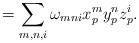
LaTeX: \begin{align*}=\sum\limits_{m,n,i} \omega_{mni}x_p^my_p^nz_p^i.\end{align*}